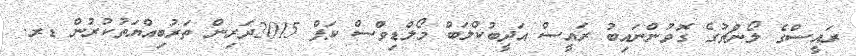
ރައީސްގެ ލޯންޗުގެ ގޮވުންނައިބު ރައީސް އަދީބުކްލަބް މޯލްޑިވްސް ކަޕް 2015ދަރިން ތަރުބިއްޔަތުކުރުން ޑރ.